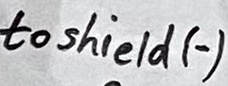
Text: to shield (-)